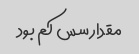
مقدار سس کم بود